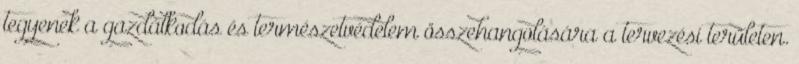
tegyenek a gazdálkodás és természetvédelem összehangolására a tervezési területen.